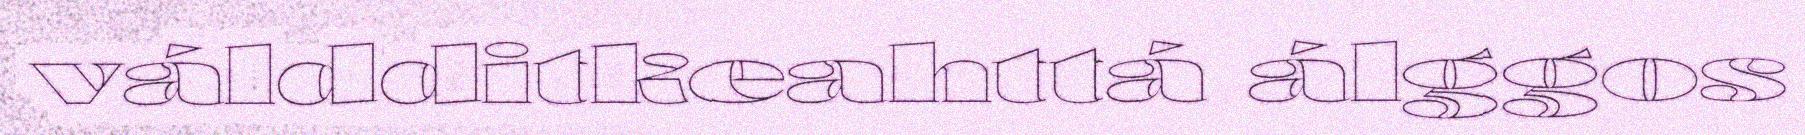
váldditkeahttá álggos